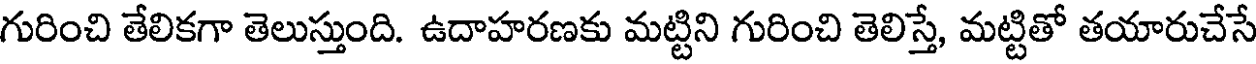
గురించి తేలికగా తెలుస్తుంది. ఉదాహరణకు మట్టిని గురించి తెలిస్తే, మట్టితో తయారుచేసే